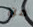
من